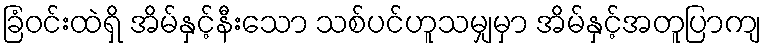
ခြံဝင်းထဲရှိ အိမ်နှင့်နီးသော သစ်ပင်ဟူသမျှမှာ အိမ်နှင့်အတူပြာကျ